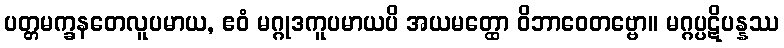
ပတ္တမက္ခနတေလူပမာယ, ဧဝံ မဂ္ဂုဒကူပမာယပိ အယမတ္ထော ဝိဘာဝေတဗ္ဗော။ မဂ္ဂပ္ပဋိပန္နဿ